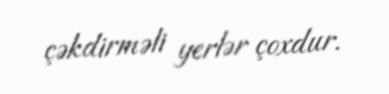
çəkdirməli yerlər çoxdur.